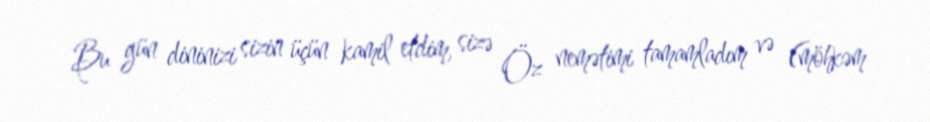
Bu gün dininizi sizin üçün kamil etdim, sizə Öz nemətimi tamamladım və (möhkəm